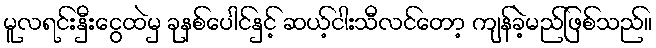
မူလရင်းနှီးငွေထဲမှ ခုနစ်ပေါင်နှင့် ဆယ့်ငါးသီလင်တော့ ကျန်ခဲ့မည်ဖြစ်သည်။